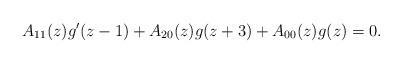
LaTeX: \begin{align*}A_{11}(z)g^{\prime }(z-1)+A_{20}(z)g(z+3)+A_{00}(z)g(z)=0. \end{align*}